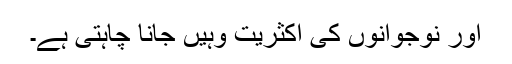
اور نوجوانوں کی اکثریت وہیں جانا چاہتی ہے۔